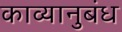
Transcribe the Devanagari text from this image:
काव्यानुबंध